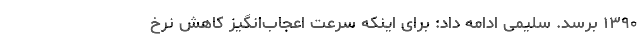
۱۳۹۰ برسد. سلیمی ادامه داد: برای اینکه سرعت اعجاب‌انگیز کاهش نرخ